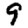
Digit: 9